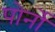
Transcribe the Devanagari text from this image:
पोर्नो